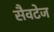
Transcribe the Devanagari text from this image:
सैवटेज